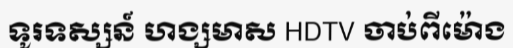
ទូរទស្សន៍ ហង្សមាស HDTV ចាប់ពីម៉ោង